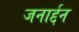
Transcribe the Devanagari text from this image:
जनार्द्दन